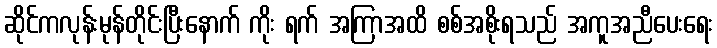
ဆိုင်ကလုန်းမုန်တိုင်းပြီးနောက် ကိုး ရက် အကြာအထိ စစ်အစိုးရသည် အကူအညီပေးရေး